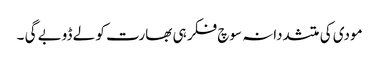
مودی کی متشددانہ سوچ فکر ہی بھارت کو لے ڈوبے گی ۔